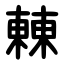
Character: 㯥